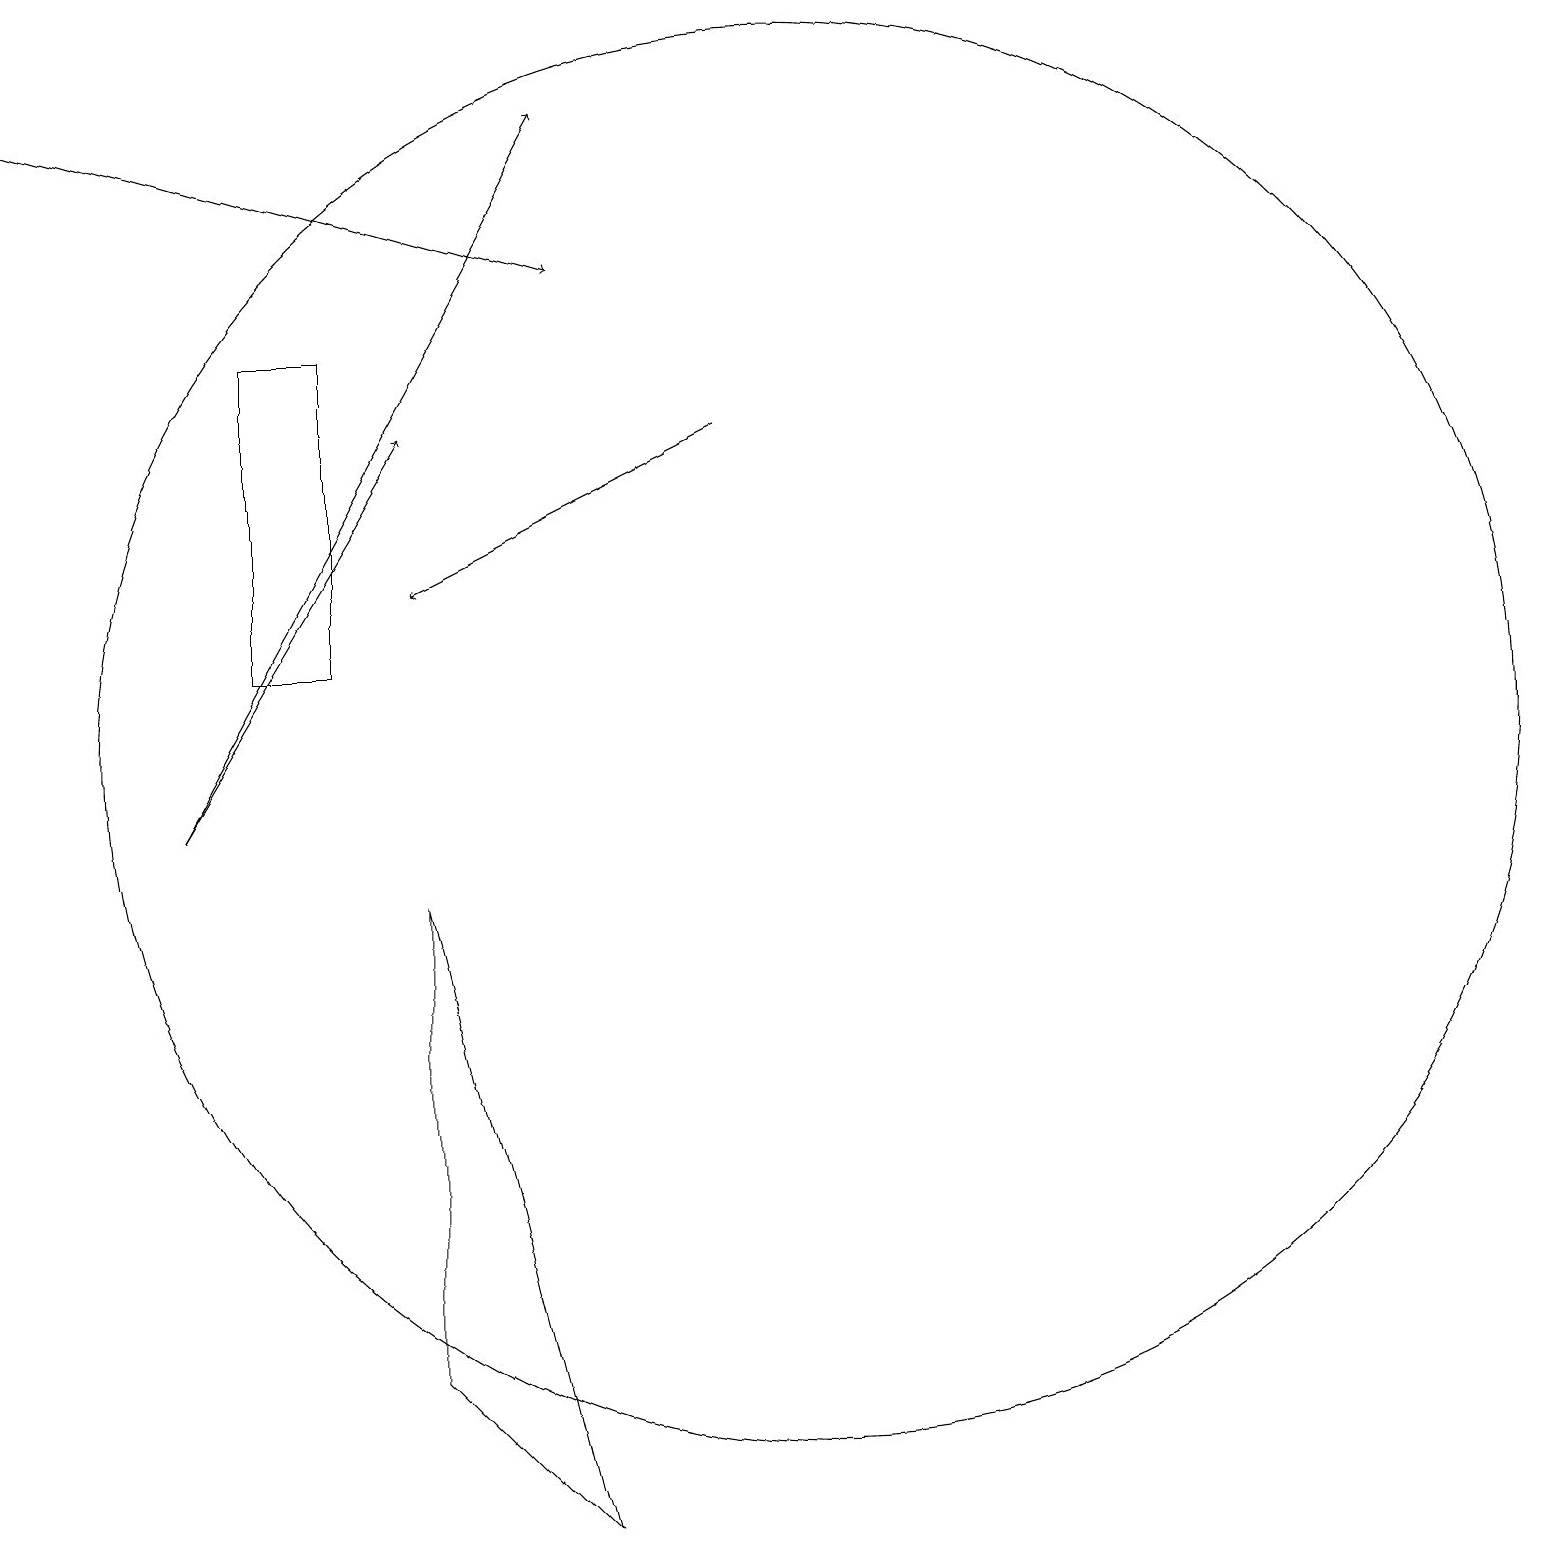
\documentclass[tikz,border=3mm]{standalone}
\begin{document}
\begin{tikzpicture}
\draw[->] (2,10) -- (5,15);
\draw[->] (0,19) -- (7,17);
\draw (10,11) circle (9);
\draw (3,12) rectangle (4,16);
\draw (7,1) -- (5,3) -- (5,9) -- cycle;
\draw[->] (2,10) -- (7,19);
\draw[->] (9,15) -- (5,13);
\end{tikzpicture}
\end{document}